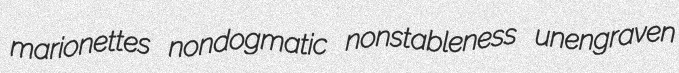
marionettes nondogmatic nonstableness unengraven